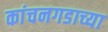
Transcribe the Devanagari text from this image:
कांचनगडाच्या